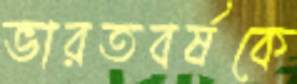
ভারতবর্ষকে